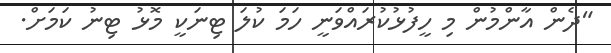
"ދެން އާންމުން މި ހީފުޅުކުރައްވަނީ ހަމަ ކުލަ ޓިނަކީ މޮޅު ޓިނު ކަމަށް.